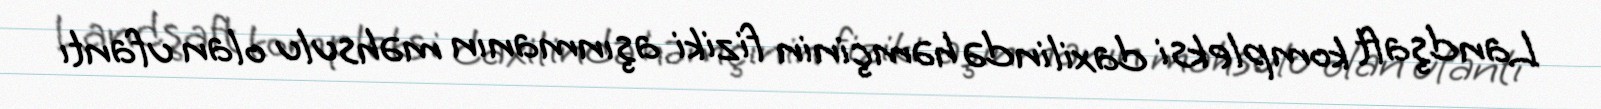
Landşaft kompleksi daxilində həmçinin fiziki aşınmanın məhsulu olan ufantı